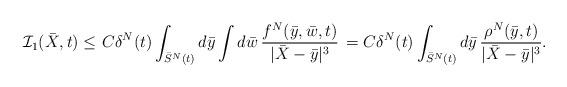
LaTeX: \begin{align*}\mathcal{I}_1(\bar X, t) \leq \ &C\delta^N(t)\int_{ \bar S^N(t)}d\bar{y}\int d\bar{w} \, \frac{ f^N(\bar{y},\bar{w}, t)}{|\bar X - \bar{y} |^{3}}\,=C\delta^N(t)\int_{ \bar S^N(t)}d\bar{y}\, \frac{ \rho^N(\bar{y}, t)}{|\bar X - \bar{y} |^{3}}.\end{align*}